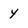
Character: y